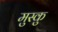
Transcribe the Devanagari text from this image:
मुस्कु